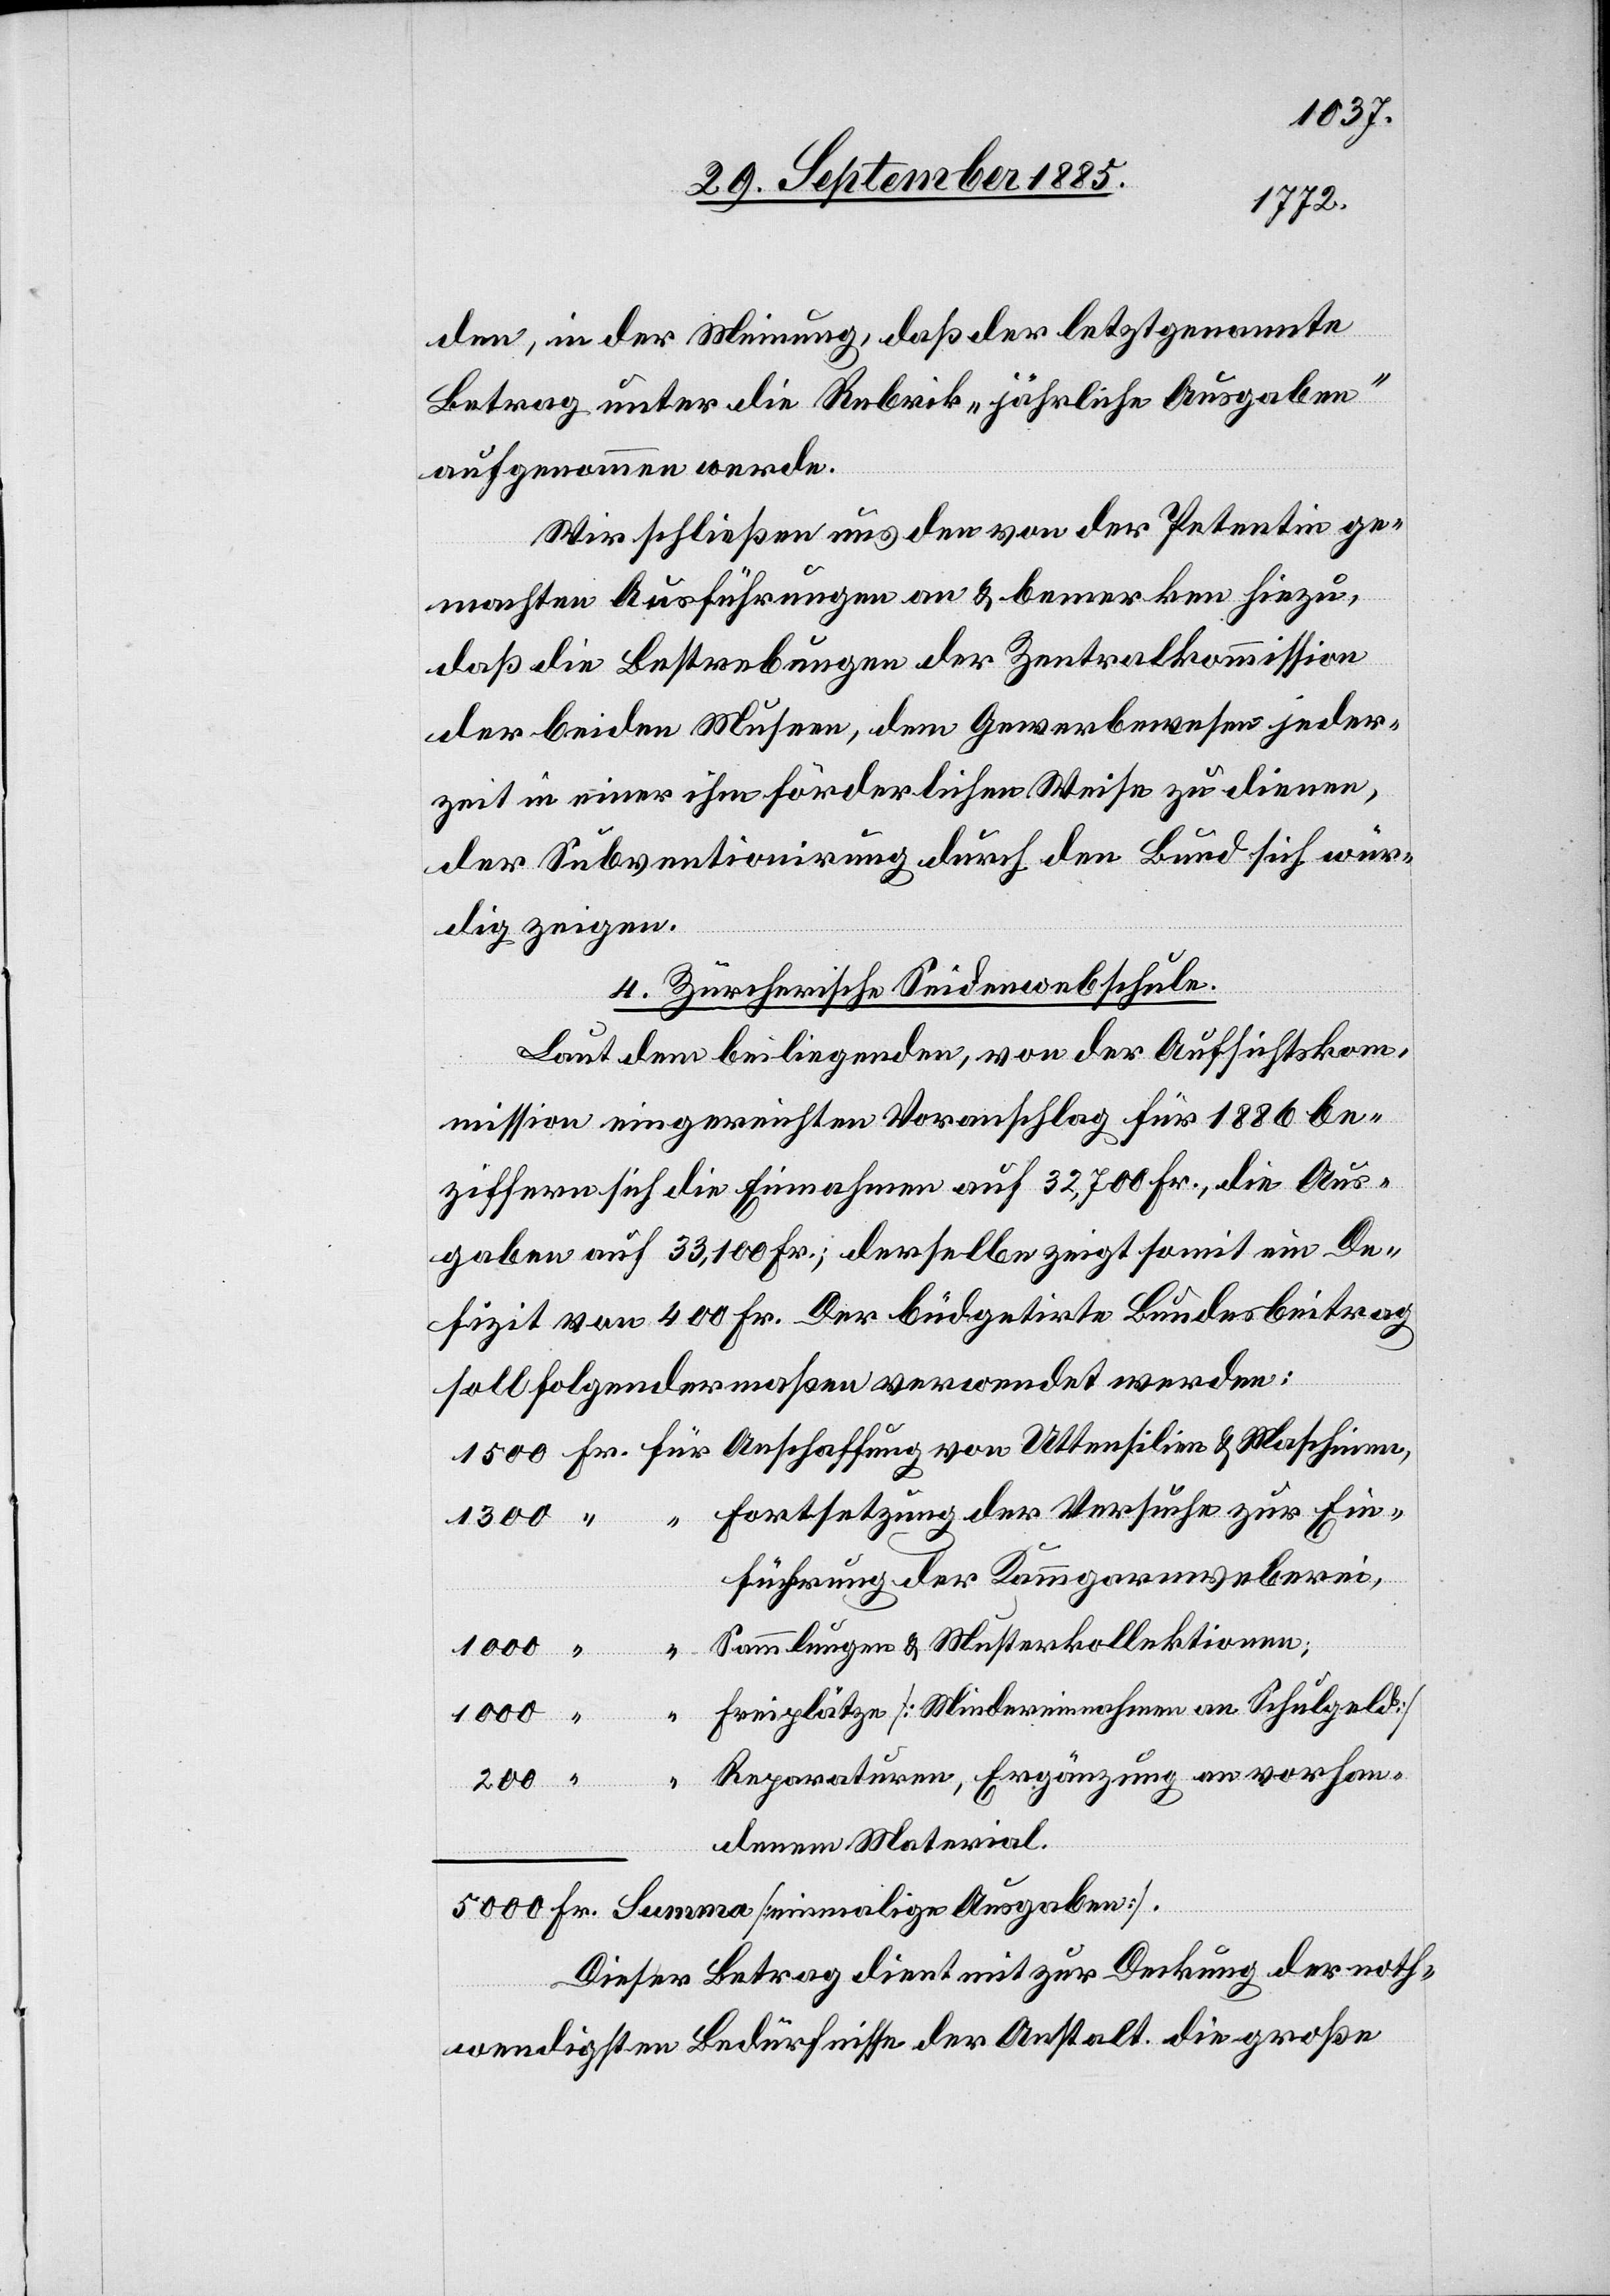
den, in der Meinung, daß der letztgenannte
Betrag unter die Rubrik „jährliche Ausgaben“
aufgenommen werde.
Wir schließen uns den von der Petentin ge¬
machten Ausführungen an & bemerken hiezu,
daß die Bestrebungen der Zentralkommission
der beiden Museen, dem Gewerbewesen jeder¬
zeit in einer ihm förderlichen Weise zu dienen,
der Subventionirung durch den Bund sich wür¬
dig zeigen.
4. Zürcherische Seidenwebschule.
Laut dem beiliegenden, von der Aufsichtskom¬
mission eingereichten Voranschlag für 1886 be¬
ziffern sich die Einnahmen auf 32,700 Fr., die Aus¬
gaben auf 33,100 Fr.; derselbe zeigt somit ein De¬
fizit von 400 Fr. Der büdgetirte Bundesbeitrag
soll folgendermaßen verwendet werden:
Fortsetzung der Versuche zur Ein¬
1300
führung der Kammgarnweberei,
Sammlungen & Musterkollektionen;
“
Freiplätze [Mindereinnahmen an Schulgeld]
Reparaturen, Ergänzung an vorhan¬
denem Material
Dieser Betrag dient mit zur Deckung der not¬
wendigsten Bedürfnisse der Anstalt, die große